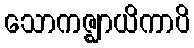
သောကဇ္ဈာယိကာပိ